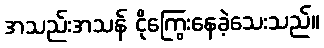
အသည်းအသန် ငိုကြွေးနေခဲ့သေးသည်။